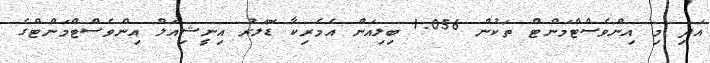
އަދި މި އިންވެސްޓްމަންޓް ތަކުން 1.056 ބިލިއަން އެމެރިކާ ޑޮލަރު އިނީޝިއަލް އިންވެސްޓްމަންޓްގެ